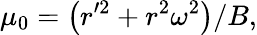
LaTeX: \mu_{0}=\left(r^{\prime 2}+r^{2}\omega^{2}\right)/B,